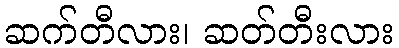
ဆက်တီလား၊ ဆတ်တီးလား